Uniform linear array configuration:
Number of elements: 12
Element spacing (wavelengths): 1
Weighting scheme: kaiser
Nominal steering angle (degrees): -30
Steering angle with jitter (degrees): -30.11
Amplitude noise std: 0.05
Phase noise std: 0.05

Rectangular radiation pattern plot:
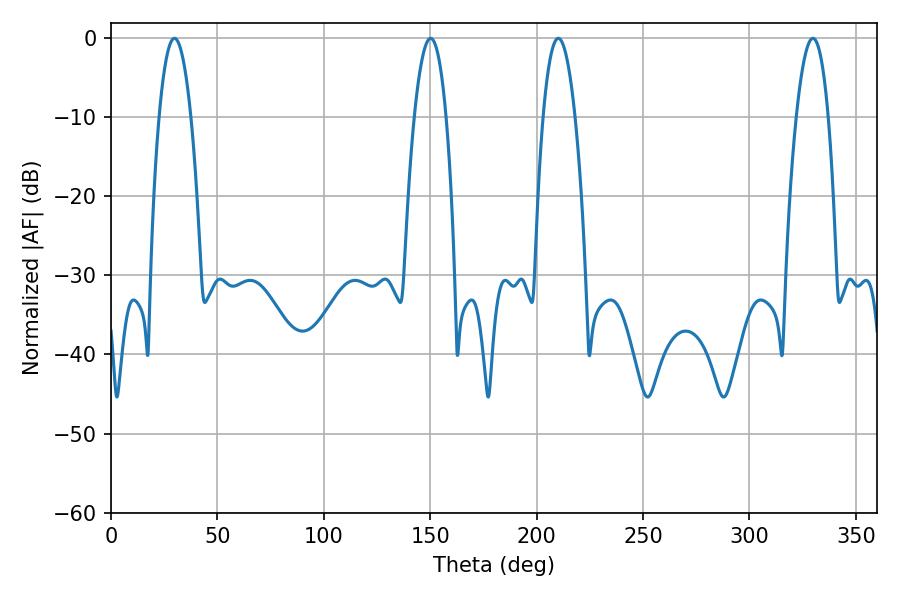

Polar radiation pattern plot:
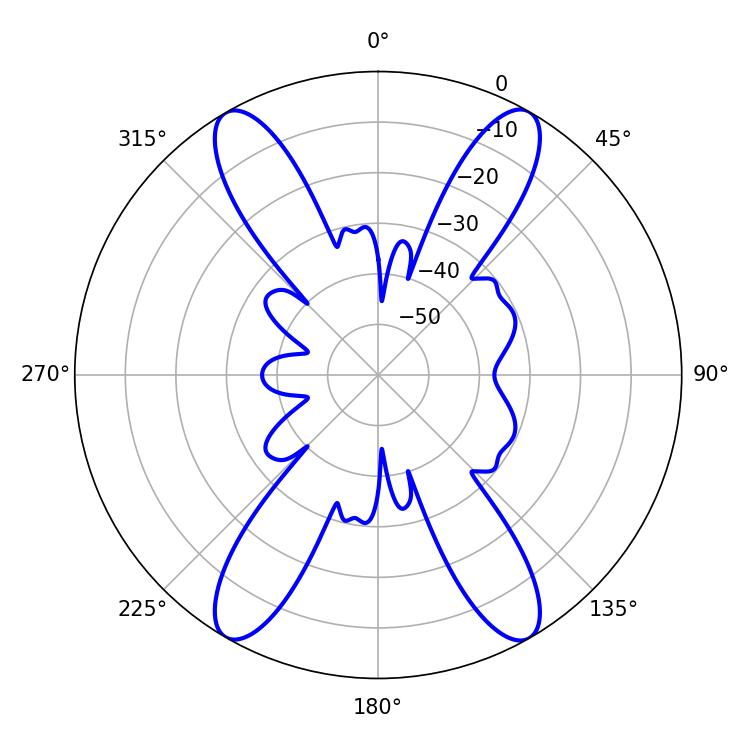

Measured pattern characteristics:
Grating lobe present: TRUE
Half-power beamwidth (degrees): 8.28
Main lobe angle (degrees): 210.24